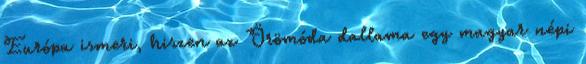
Európa ismeri, hiszen az Örömóda dallama egy magyar népi